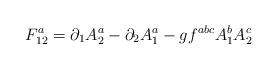
LaTeX: \begin{align*}F_{12}^a=\partial_1A_2^a-\partial_2A_1^a-gf^{abc}A_1^bA_2^c\end{align*}